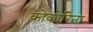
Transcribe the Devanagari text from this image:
कोकोरिना